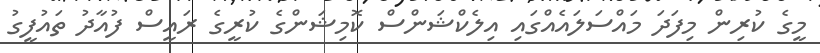
މީގެ ކުރިން މިފަދަ މައްސަލައެއްގައި އިލެކްޝަންސް ކޮމިޝަންގެ ކުރީގެ ރައީސް ފުއާދު ތައުފީގު